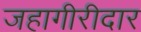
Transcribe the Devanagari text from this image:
जहागीरीदार